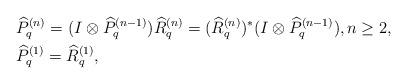
LaTeX: \begin{align*}&\widehat{P}^{(n)}_{q}= ( I\otimes \widehat{P}^{(n-1)}_{q}) \widehat{R}^{(n)}_{q}= (\widehat{R}^{(n)}_{q})^* ( I\otimes \widehat{P}^{(n-1)}_{q}), n\geq 2, \\&\widehat{P}^{(1)}_{q} = \widehat{R}^{(1)}_{q}, \end{align*}